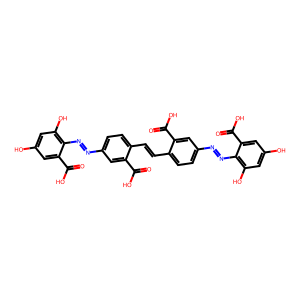
SMILES: O=C(O)c1cc(N=Nc2c(O)cc(O)cc2C(=O)O)ccc1C=Cc1ccc(N=Nc2c(O)cc(O)cc2C(=O)O)cc1C(=O)O
Inhibits HIV replication: Yes